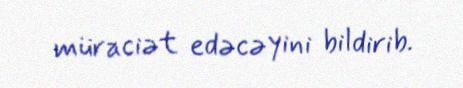
müraciət edəcəyini bildirib.